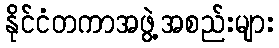
နိုင်ငံတကာအဖွဲ့အစည်းများ